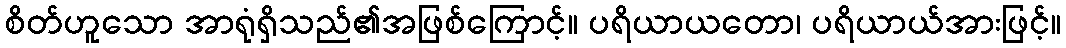
စိတ်ဟူသော အာရုံရှိသည်၏အဖြစ်ကြောင့်။ ပရိယာယတော၊ ပရိယာယ်အားဖြင့်။